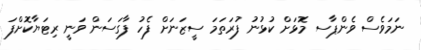
ނަމަވެސް ވެންޕާސ މޮޅަށް ކުޅުނު ފުރަތަމަ ސީޒަނަށް ފެހު ފާގަސަން ވަނީ ރިޓަޔާކޮށްފަ